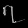
Digit: ၇